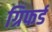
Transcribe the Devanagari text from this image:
ग्रिफर्ड